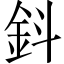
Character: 鈄